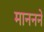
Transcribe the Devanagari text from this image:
माननने